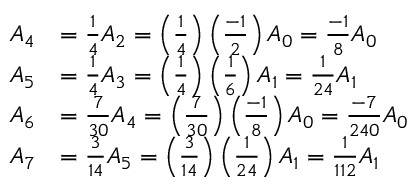
{ \begin{array} { r l } { A _ { 4 } } & { = { \frac { 1 } { 4 } } A _ { 2 } = \left( { \frac { 1 } { 4 } } \right) \left( { \frac { - 1 } { 2 } } \right) A _ { 0 } = { \frac { - 1 } { 8 } } A _ { 0 } } \\ { A _ { 5 } } & { = { \frac { 1 } { 4 } } A _ { 3 } = \left( { \frac { 1 } { 4 } } \right) \left( { \frac { 1 } { 6 } } \right) A _ { 1 } = { \frac { 1 } { 2 4 } } A _ { 1 } } \\ { A _ { 6 } } & { = { \frac { 7 } { 3 0 } } A _ { 4 } = \left( { \frac { 7 } { 3 0 } } \right) \left( { \frac { - 1 } { 8 } } \right) A _ { 0 } = { \frac { - 7 } { 2 4 0 } } A _ { 0 } } \\ { A _ { 7 } } & { = { \frac { 3 } { 1 4 } } A _ { 5 } = \left( { \frac { 3 } { 1 4 } } \right) \left( { \frac { 1 } { 2 4 } } \right) A _ { 1 } = { \frac { 1 } { 1 1 2 } } A _ { 1 } } \end{array} }